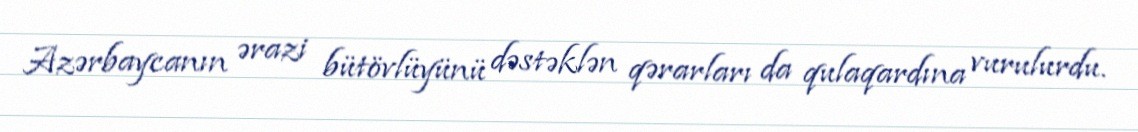
Azərbaycanın ərazi bütövlüyünü dəstəklən qərarları da qulaqardına vurulurdu.